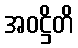
အဝဋ္ဌိတိ